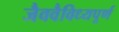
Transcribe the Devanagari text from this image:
जैववैविध्यपूर्ण